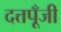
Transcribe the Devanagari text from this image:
दत्तपूँजी